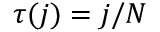
\tau ( j ) = j / N